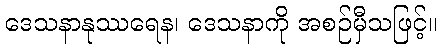
ဒေသနာနုဿရေန၊ ဒေသနာကို အစဉ်မှီသဖြင့်။